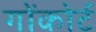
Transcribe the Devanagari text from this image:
गोंकोर्ट